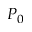
P _ { 0 }